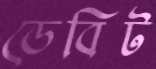
ডেবিট